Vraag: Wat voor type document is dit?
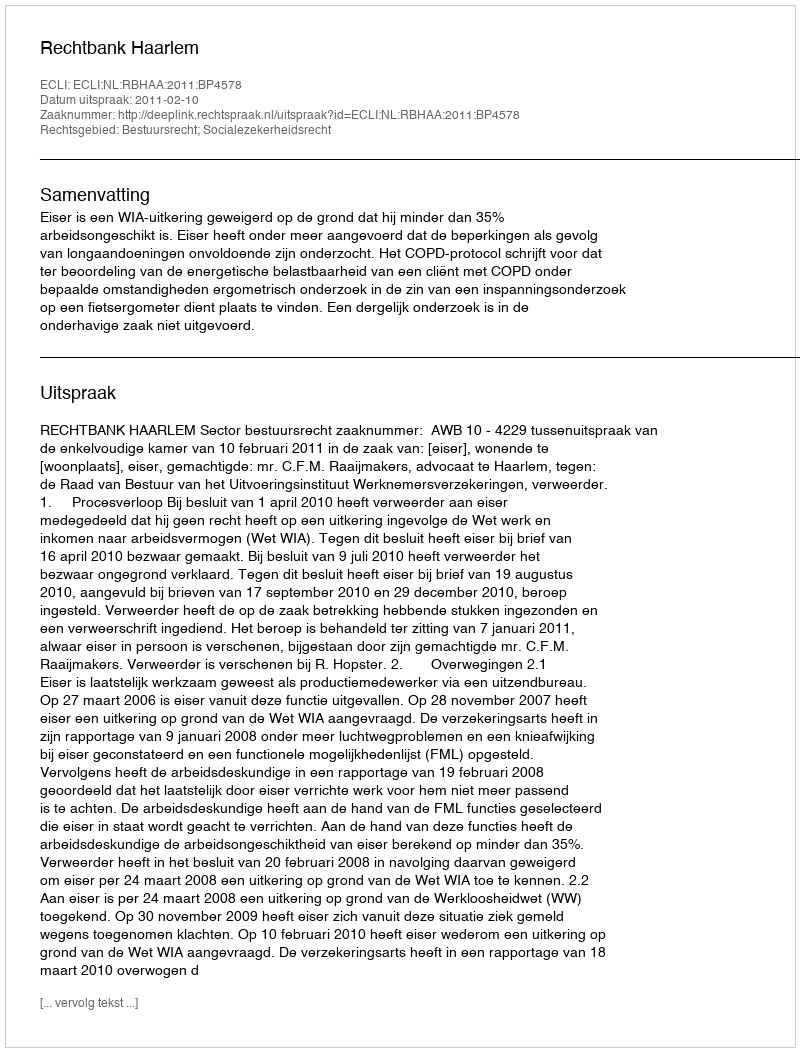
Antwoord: Uitspraak